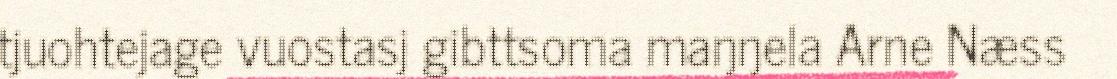
tjuohtejage vuostasj gibttsoma maŋŋela Arne Næss